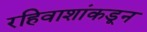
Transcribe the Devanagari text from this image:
रहिवाशांकडून